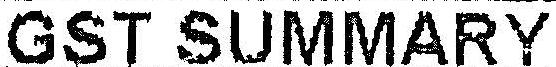
GST SUMMARY